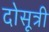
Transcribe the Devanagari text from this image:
दोसूत्री